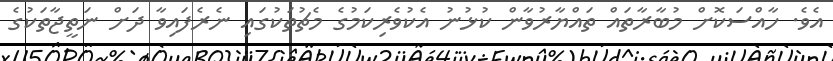
އެވެ. ހާއްސަކޮށް މުބާރާތައް ތައްޔާރުވާން ކުޅުނު އެކުވެރިކަމުގެ މެޗުތަކުގައި ނެރެފައިވާ ދަށް ނަތީޖާތަކުގެ